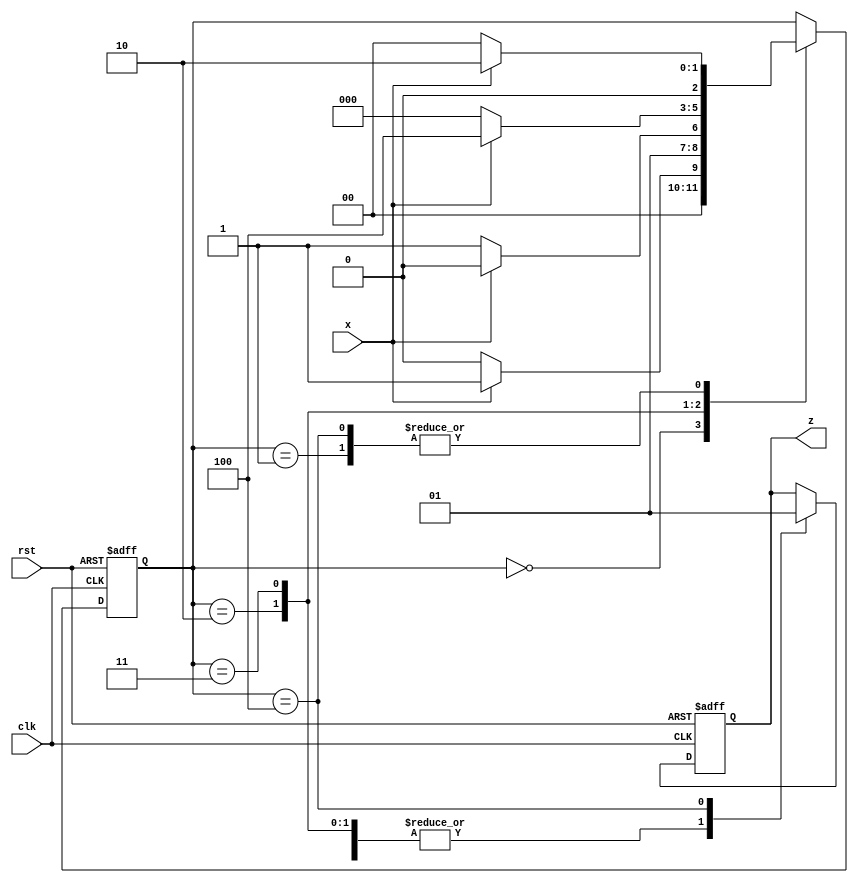
`timescale 1ns / 1ps
//////////////////////////////////////////////////////////////////////////////////
// Company: 
// Engineer: 
// 
// Design Name: 
// Module Name: moore_1101_overlap1
// Project Name: 
// Target Devices: 
// Tool Versions: 
// Description: 
// 
// Dependencies: 
// 
// Revision:
// Revision 0.01 - File Created
// Additional Comments:
// 
//////////////////////////////////////////////////////////////////////////////////


module moore_1101_overlap1(
    output reg z,
    input x, clk, rst
    );
    
    parameter s0=0,s1=1,s2=2,s3=3,s4=4;
    reg[2:0] state;
    
    always @(posedge clk or posedge rst) begin
        if(rst) begin z<=1'b0; state<=s0; end
        else begin
            case(state)
                s0: begin
                    z<=0;
                    if(x==1) state<=s1;
                    else     state<=s0;
                    end
                s1: begin
                    z<=0;
                    if(x==1) state<=s2;
                    else     state<=s0;
                    end
                s2: begin
                    z<=0;
                    if(x==0) state<=s3; 
                    else     state<=s2;
                    end
                s3: begin
                    z<=0;
                    if(x==1) state<=s4;
                    else     state<=s0;
                    end
                s4: begin
                    z<=1;
                    if(x==1) state<=s2;
                    else     state<=s0;
                    end
            endcase
        end
    end
endmodule